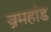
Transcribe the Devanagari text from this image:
व्रमहांड